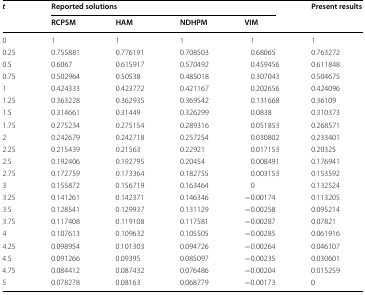
<table><thead><tr><td rowspan="2"><b><i>t</i></b></td><td colspan="4"><b>Reported solutions</b></td><td rowspan="2"><b>Present results</b></td></tr><tr><td><b>RCPSM</b></td><td><b>HAM</b></td><td><b>NDHPM</b></td><td><b>VIM</b></td></tr></thead><tbody><tr><td>0</td><td>1</td><td>1</td><td>1</td><td>1</td><td>1</td></tr><tr><td>0.25</td><td>0.755881</td><td>0.776191</td><td>0.708503</td><td>0.68065</td><td>0.763272</td></tr><tr><td>0.5</td><td>0.6067</td><td>0.615917</td><td>0.570492</td><td>0.459456</td><td>0.611848</td></tr><tr><td>0.75</td><td>0.502964</td><td>0.50538</td><td>0.485018</td><td>0.307043</td><td>0.504675</td></tr><tr><td>1</td><td>0.424333</td><td>0.423772</td><td>0.421167</td><td>0.202656</td><td>0.424096</td></tr><tr><td>1.25</td><td>0.363228</td><td>0.362935</td><td>0.369542</td><td>0.131668</td><td>0.36109</td></tr><tr><td>1.5</td><td>0.314661</td><td>0.31449</td><td>0.326299</td><td>0.0838</td><td>0.310373</td></tr><tr><td>1.75</td><td>0.275234</td><td>0.275154</td><td>0.289316</td><td>0.051853</td><td>0.268571</td></tr><tr><td>2</td><td>0.242679</td><td>0.242718</td><td>0.257254</td><td>0.030802</td><td>0.233401</td></tr><tr><td>2.25</td><td>0.215439</td><td>0.21563</td><td>0.22921</td><td>0.017153</td><td>0.20325</td></tr><tr><td>2.5</td><td>0.192406</td><td>0.192795</td><td>0.20454</td><td>0.008491</td><td>0.176941</td></tr><tr><td>2.75</td><td>0.172759</td><td>0.173364</td><td>0.182755</td><td>0.003153</td><td>0.153592</td></tr><tr><td>3</td><td>0.155872</td><td>0.156719</td><td>0.163464</td><td>0</td><td>0.132524</td></tr><tr><td>3.25</td><td>0.141261</td><td>0.142371</td><td>0.146346</td><td>−0.00174</td><td>0.113205</td></tr><tr><td>3.5</td><td>0.128541</td><td>0.129937</td><td>0.131129</td><td>−0.00258</td><td>0.095214</td></tr><tr><td>3.75</td><td>0.117408</td><td>0.119108</td><td>0.117581</td><td>−0.00287</td><td>0.07821</td></tr><tr><td>4</td><td>0.107613</td><td>0.109632</td><td>0.105505</td><td>−0.00285</td><td>0.061916</td></tr><tr><td>4.25</td><td>0.098954</td><td>0.101303</td><td>0.094726</td><td>−0.00264</td><td>0.046107</td></tr><tr><td>4.5</td><td>0.091266</td><td>0.09395</td><td>0.085097</td><td>−0.00235</td><td>0.030601</td></tr><tr><td>4.75</td><td>0.084412</td><td>0.087432</td><td>0.076486</td><td>−0.00204</td><td>0.015259</td></tr><tr><td>5</td><td>0.078278</td><td>0.08163</td><td>0.068779</td><td>−0.00173</td><td>0</td></tr></tbody></table>